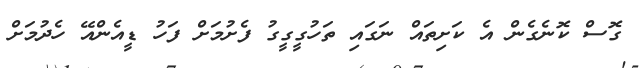
ގޮސް ކޮނެގެން އެ ކަށިތައް ނަގައި ތަހުގީގީގު ފެށުމަށް ފަހު ޑީއެންއޭ ހެދުމަށް